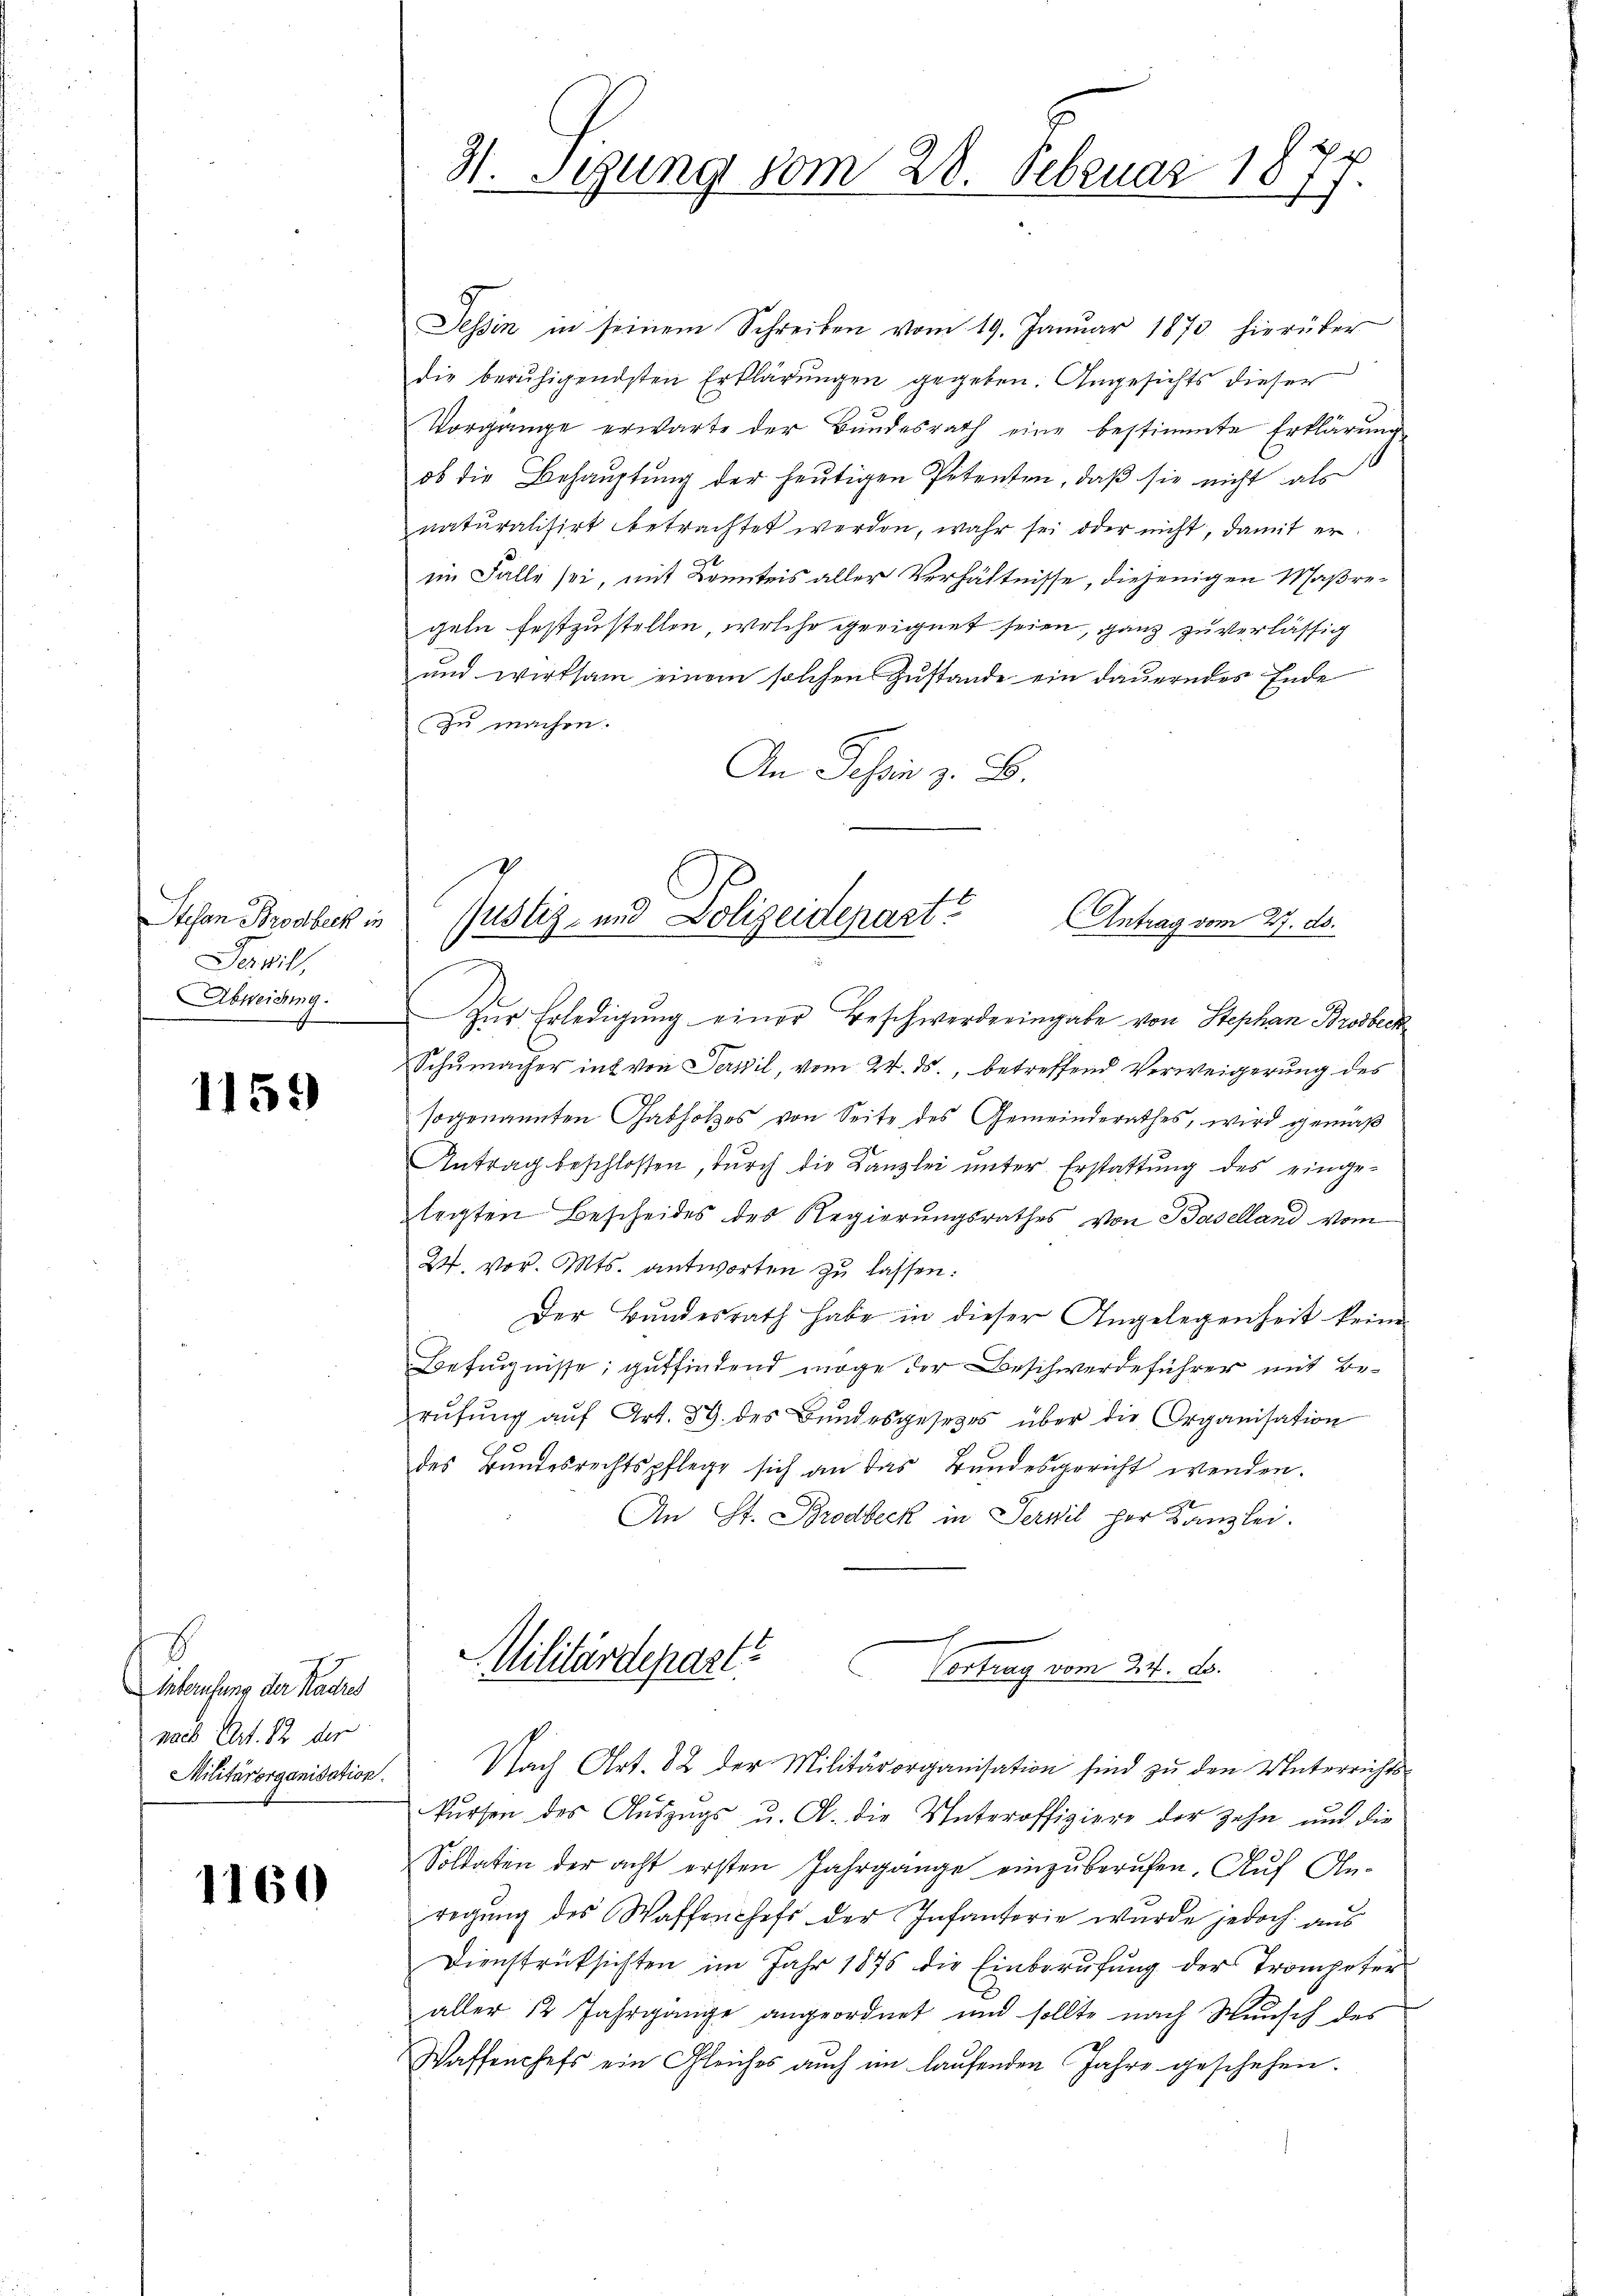
Stefan Brodbeck in
Servil,
Abweichung.

1159

E
Anberufung der Radres
nach Art. 12 der
Militärorganisation.

1160

31. Sigung vom 28. Februar 1877.

Tessin in seinem Schreiben vom 19. Januar 1873 hierüber
die beruhigendsten Erklärungen gegeben. Angesichts dieser
Vorgange erwarte der Bundesrath eine bestimmte Erklärung
ob die Behauptung der heutigen Petenten, daß sie nicht als
naturalisirt betrachtet werden, wahr sei oder nicht, damit er
im Falle sei, mit Kenntnis aller Verhältnisse, diejenigen Maßregeln festzustellen, welche geeignet seien, ganz zu verlässig
und wirksam einem solchen Zustande ein dauerndes Ende
zu machen.
An Tessin z. B.
Zŭr Erledigŭng einer Beschwerderingabe von Stephan Brosbeck
Schumacher ins von Servil, vom 24. ds., betreffend Verweigerung des
sogenannten Gabholzes von Seite des Gemeinderathes, wird gemäβ
Antrag beschlossen, durch die Kanzlei unter Erstattung des einge-
legten Bescheides des Regierungsrathes von Baselland vom
24. vor. Mts. antworten zu lassen:
Der Bundesrath habe in dieser Angelegenheit keine
Befugnisse, gutfindend möge der Beschwerdeführer mit Berŭfŭng aŭf Art. 39 des Bŭndesgesetzes über die Organisation
des Bundesrechtspflege sich an das Bundesgericht werden.
An St. Brodbeck in Servil per Kanzlei.
Militärdeparte
Cortung vom 30. S.

s
Justiz- und Polizeidepart?
AAntrag vom 27. ds.

Nach Art. 82 der Militärorganisation sind zu den Unterrichts-

kursen des Auszugs u. A. die Unteroffiziere der zehn und die
Soldaten der acht ersten Jahrgange einzuberufen. Auf An-
regung des Waffenchefs der Infantorie wurde jedoch aus
Dienstrücksichten im Jahr 1875 die Einberufung der Trompeter
aller 12 Jahrgange angeordnet und sollte nach Wunsch des
Waffenchefs ein Gleiches auch im laŭfenden Jahre geschehen.